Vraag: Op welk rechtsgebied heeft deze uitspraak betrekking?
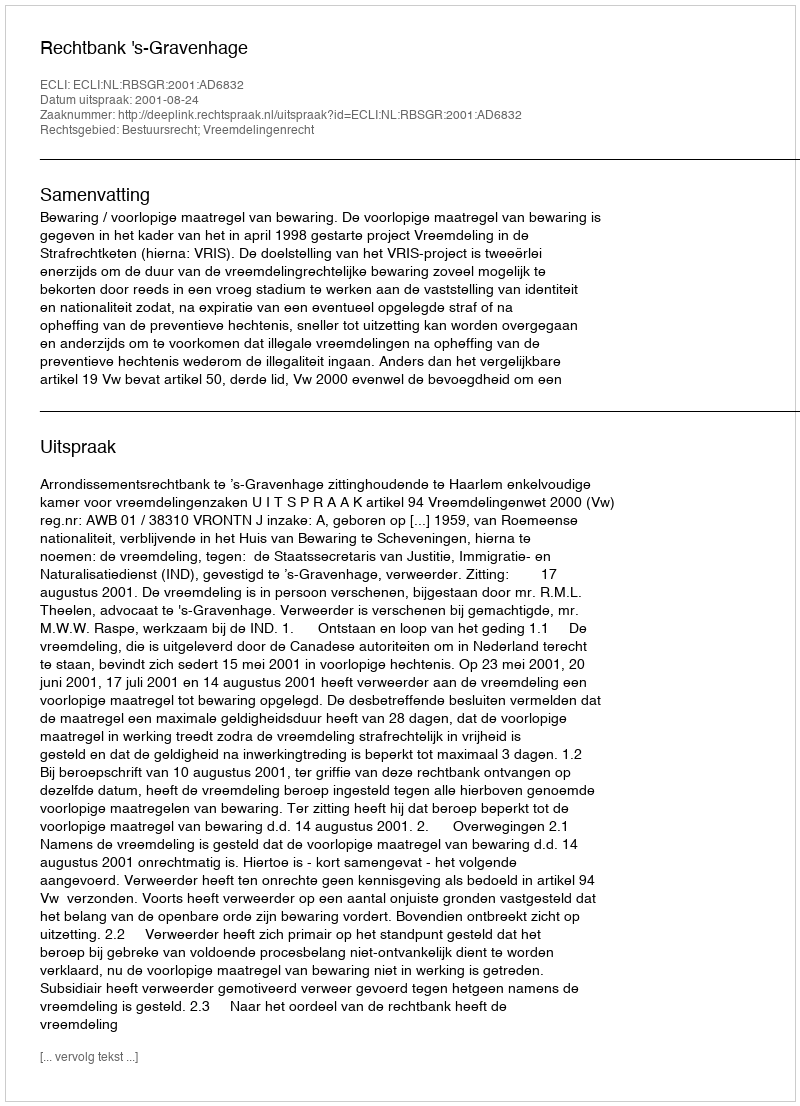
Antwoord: Bestuursrecht; Vreemdelingenrecht